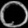
Digit: ၀